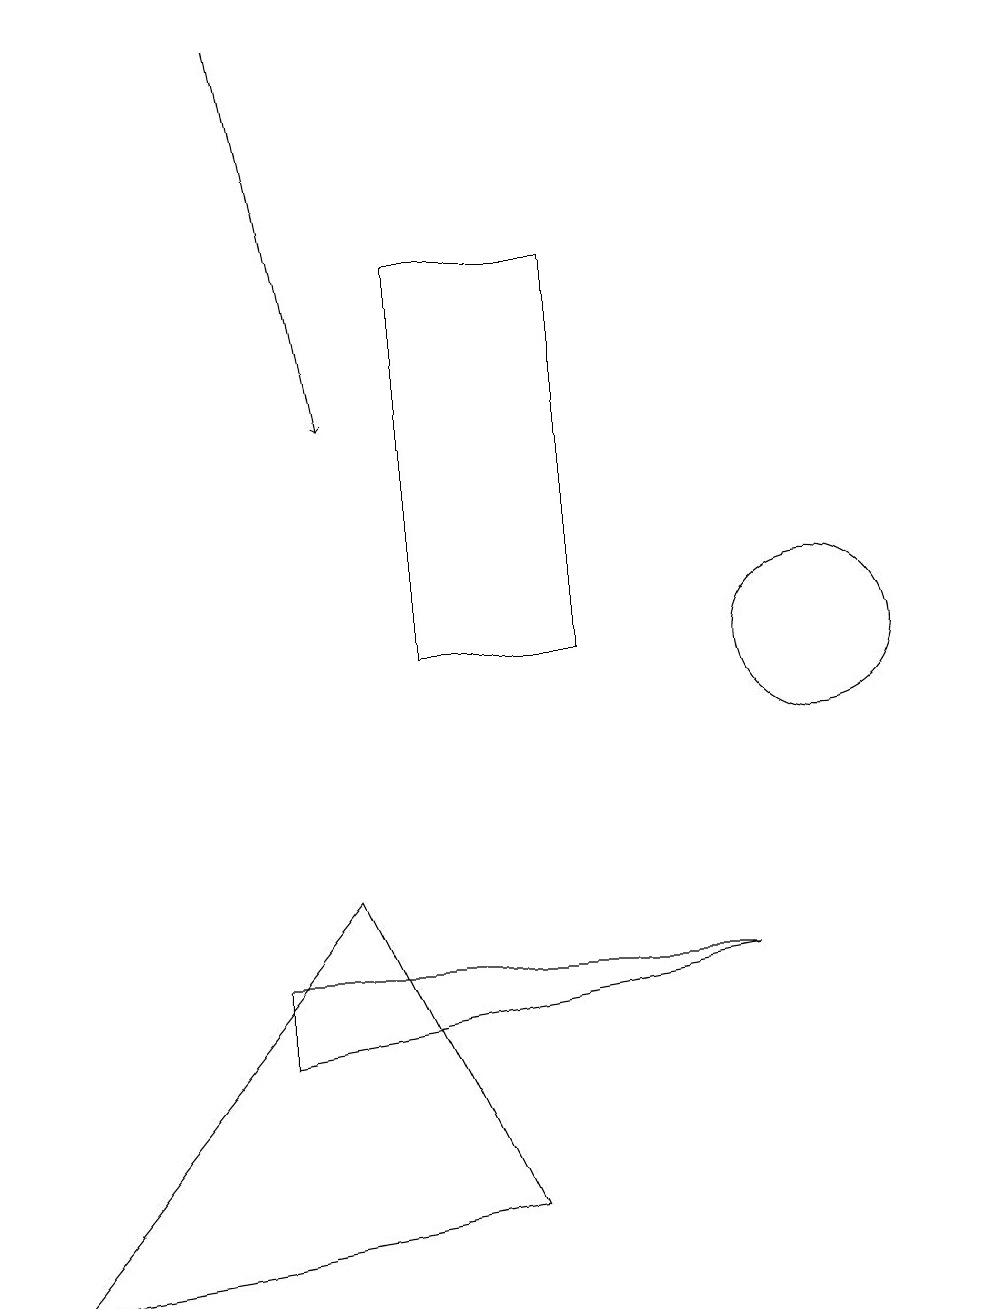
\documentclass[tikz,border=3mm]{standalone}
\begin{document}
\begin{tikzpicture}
\draw (12,10) circle (0);
\draw (9,7) -- (3,6) -- (3,7) -- cycle;
\draw (5,16) rectangle (7,11);
\draw (10,11) circle (1);
\draw[->] (3,19) -- (4,14);
\draw (0,3) -- (6,4) -- (4,8) -- cycle;
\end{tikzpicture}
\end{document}